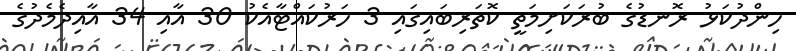
ހިންދުކަޅު ރޮނޑުގެ ބުރަކަށިމަތީ ކޮތަރިބައިގައި 3 ހަރުކައްޓާއެކު 30 އާއި 34 އާއިދެމެދުގެ